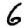
Digit: 6